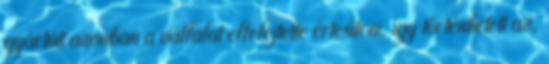
gyártóit azonban a vállalat elfelejtette értesíteni, így történhetett az,